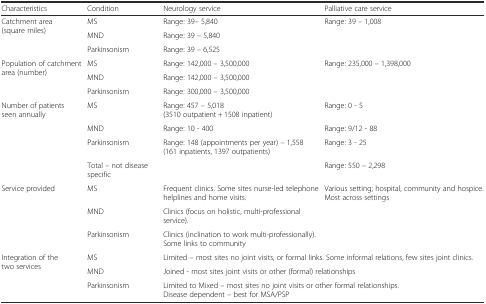
| Characteristics | Condition | Neurology service | Palliative care service |
 | --- | --- | --- | --- |
 | <ROWSPAN=3> Catchment area (square miles) | MS | Range: 39– 5,840 | <ROWSPAN=3> Range: 39 – 1,008 |
 | MND | Range: 39 – 5,840 |
 | Parkinsonism | Range: 39 – 6,525 |
 | <ROWSPAN=3> Population of catchment area (number) | MS | Range: 142,000 – 3,500,000 | <ROWSPAN=3> Range: 235,000 – 1,398,000 |
 | MND | Range: 142,000 – 3,500,000 |
 | Parkinsonism | Range: 300,000 – 3,500,000 |
 | <ROWSPAN=4> Number of patients seen annually | MS | Range: 457 – 5,018 (3510 outpatient + 1508 inpatient) | Range: 0 - 5 |
 | MND | Range: 10 - 400 | Range: 9/12 - 88 |
 | Parkinsonism | Range: 148 (appointments per year) – 1,558 (161 inpatients, 1397 outpatients) | Range: 3 - 25 |
 | Total – not disease specific |  | Range: 550 – 2,298 |
 | <ROWSPAN=3> Service provided | MS | Frequent clinics. Some sites nurse-led telephone helplines and home visits. | <ROWSPAN=3> Various setting; hospital, community and hospice. Most across settings |
 | MND | Clinics (focus on holistic, multi-professional service). |
 | Parkinsonism | Clinics (inclination to work multi-professionally). Some links to community |
 | <ROWSPAN=3> Integration of the two services | MS | <COLSPAN=2> Limited – most sites no joint visits, or formal links. Some informal relations, few sites joint clinics. |
 | MND | <COLSPAN=2> Joined - most sites joint visits or other (formal) relationships |
 | Parkinsonism | <COLSPAN=2> Limited to Mixed – most sites no joint visits or other formal relationships.Disease dependent – best for MSA/PSP |